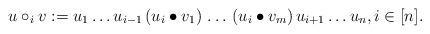
LaTeX: \begin{align*} u \circ_i v := u_1 \dots u_{i - 1} \, (u_i \bullet v_1) \, \dots \, (u_i \bullet v_m) \, u_{i + 1} \dots u_n, i \in [n].\end{align*}